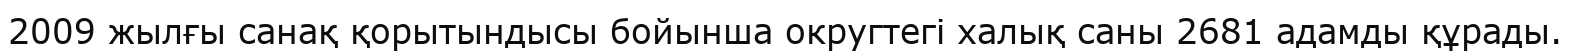
2009 жылғы санақ қорытындысы бойынша округтегі халық саны 2681 адамды құрады.